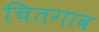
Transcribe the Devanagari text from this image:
चितगाव